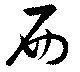
西